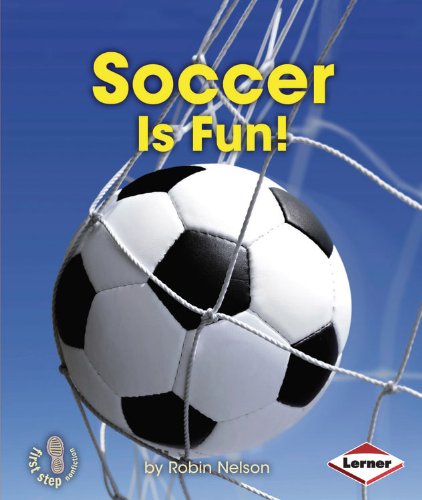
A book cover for Soccer Is Fun! (First Step Nonfiction - Sports Are Fun!); Robin Nelson; Children's Books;